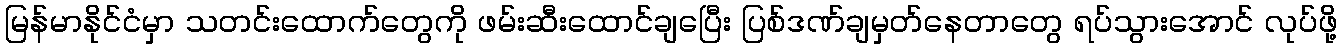
မြန်မာနိုင်ငံမှာ သတင်းထောက်တွေကို ဖမ်းဆီးထောင်ချပြေီး ပြစ်ဒဏ်ချမှတ်နေတာတွေ ရပ်သွားအောင် လုပ်ဖို့